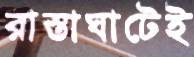
রাস্তাঘাটেই